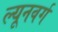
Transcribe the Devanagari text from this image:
ल्यूनवर्ग